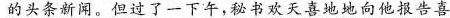
的头条新闻。但过了一下午，秘书欢天喜地地向他报告喜